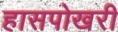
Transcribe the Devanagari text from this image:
हासपोखरी